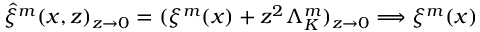
\hat { \xi } ^ { m } ( x , z ) _ { z \rightarrow 0 } = ( \xi ^ { m } ( x ) + z ^ { 2 } \Lambda _ { K } ^ { m } ) _ { z \rightarrow 0 } \Longrightarrow \xi ^ { m } ( x ) \,